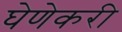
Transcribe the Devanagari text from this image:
घेणेकरी